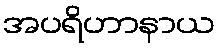
အပရိဟာနာယ